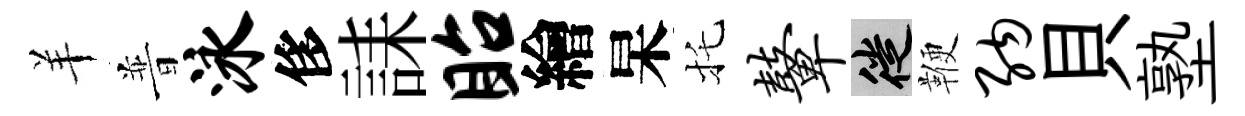
羊普泳侈誄眙繪杲托鼙徙鞭纳貝塾